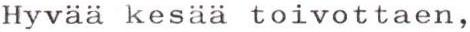
Hyvää kesää toivottaen,